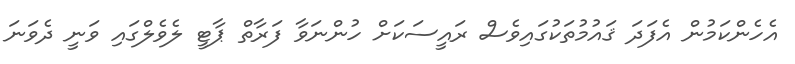
އެހެންކަމުން އެފަދަ ޤައުމުތަކުގައިވެސް ރައީސަކަށް ހުންނަވާ ފަރާތް ޕާޓީ ލެވެލްގައި ވަނީ ދެވަނަ